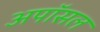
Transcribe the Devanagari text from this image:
अपॉसल